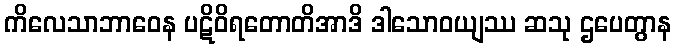
ကိလေသာဘာဝေန ပဋိဝိရတောတိအာဒိ ဒါသောဝယျဿ ဆသု ဌပေတွာန